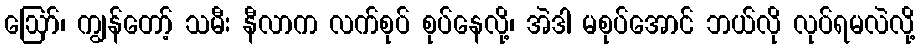
ဩော်၊ ကျွန်တော့် သမီး နီလာက လက်စုပ် စုပ်နေလို့၊ အဲဒါ မစုပ်အောင် ဘယ်လို လုပ်ရမလဲလို့